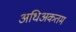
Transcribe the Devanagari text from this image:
अधिअकतम